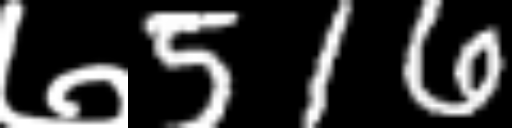
Text: ७516